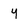
Character: y